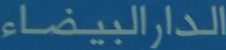
الدارالبيضاء